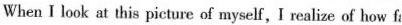
When I look at this picture of myself,I realize of how f